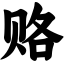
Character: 赂